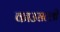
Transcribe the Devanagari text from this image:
काउसल्ली